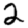
Digit: 2